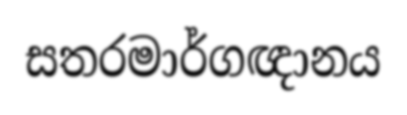
සතරමාර්ගඥානය